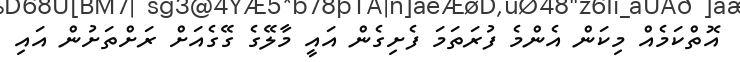
އޮތްކަމެއް މިކަން އެންމެ ފުރަތަމަ ފެށިގެން އައީ މާލޭގެ ގޭގެއަށް ރަށްތަށުން އައި